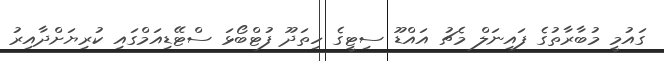
ގައުމީ މުބާރާތުގެ ފައިނަލް މެޗު އައްޑޫ ސިޓީގެ ހިތަދޫ ފުޓްބޯޅަ ސްޓޭޑިއަމްގައި ކުރިޔަށްދާއިރު